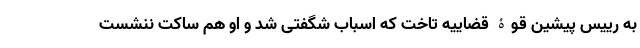
به رییس پیشین قوۀ قضاییه تاخت که اسباب شگفتی شد و او هم ساکت ننشست